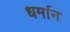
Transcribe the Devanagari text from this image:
धर्मान